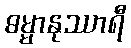
ဓမ္မာနုဿာရီ